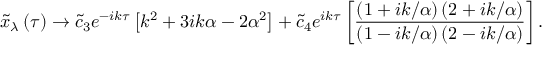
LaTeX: \tilde { x } _ { \lambda } \left( \tau \right) \rightarrow \tilde { c } _ { 3 } e ^ { - i k \tau } \left[ k ^ { 2 } + 3 i k \alpha - 2 \alpha ^ { 2 } \right] + \tilde { c } _ { 4 } e ^ { i k \tau } \left[ \frac { \left( 1 + i k / \alpha \right) \left( 2 + i k / \alpha \right) } { \left( 1 - i k / \alpha \right) \left( 2 - i k / \alpha \right) } \right] .